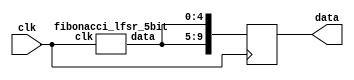
`timescale 1ns / 1ps
//////////////////////////////////////////////////////////////////////////////////
// Company: 
// Engineer: 
// 
// Design Name: 
// Module Name:    random_num_gen 
// Project Name: 
// Target Devices: 
// Tool versions: 
// Description: 
//
// Dependencies: 
//
// Revision: 
// Revision 0.01 - File Created
// Additional Comments: 
//
//////////////////////////////////////////////////////////////////////////////////
module random_num_gen(
  input clk,
  output reg [9:0] data);
  wire [4:0] low;
  wire [4:0] high;
  
  fibonacci_lfsr_5bit first(clk, low);
  
  always @(posedge clk)
	begin
			data <= {low,low};
	end
		
			
endmodule

module fibonacci_lfsr_5bit(
  input clk,
  output reg [4:0] data
);
initial begin
	data = 5'h1f;
end
reg [4:0] data_next;

always @* begin
  data_next[4] = data[4]^data[1];
  data_next[3] = data[3]^data[0];
  data_next[2] = data[2]^data_next[4];
  data_next[1] = data[1]^data_next[3];
  data_next[0] = data[0]^data_next[2];
end

always @(posedge clk)
    data <= data_next;

endmodule